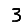
Digit: 3